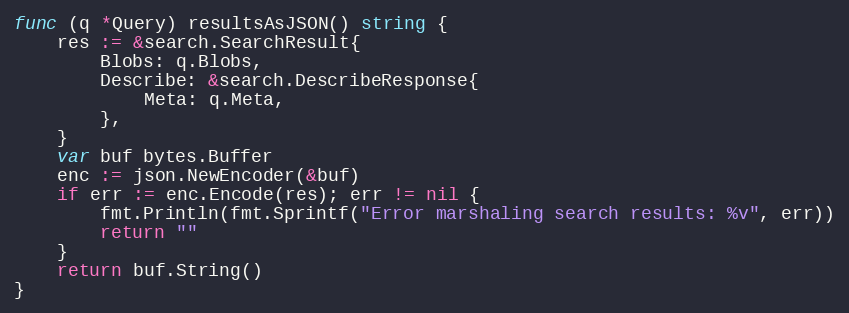
Language: Go
func (q *Query) resultsAsJSON() string {
	res := &search.SearchResult{
		Blobs: q.Blobs,
		Describe: &search.DescribeResponse{
			Meta: q.Meta,
		},
	}
	var buf bytes.Buffer
	enc := json.NewEncoder(&buf)
	if err := enc.Encode(res); err != nil {
		fmt.Println(fmt.Sprintf("Error marshaling search results: %v", err))
		return ""
	}
	return buf.String()
}